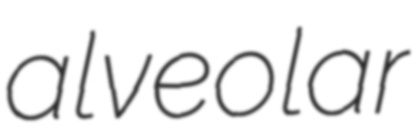
alveolar